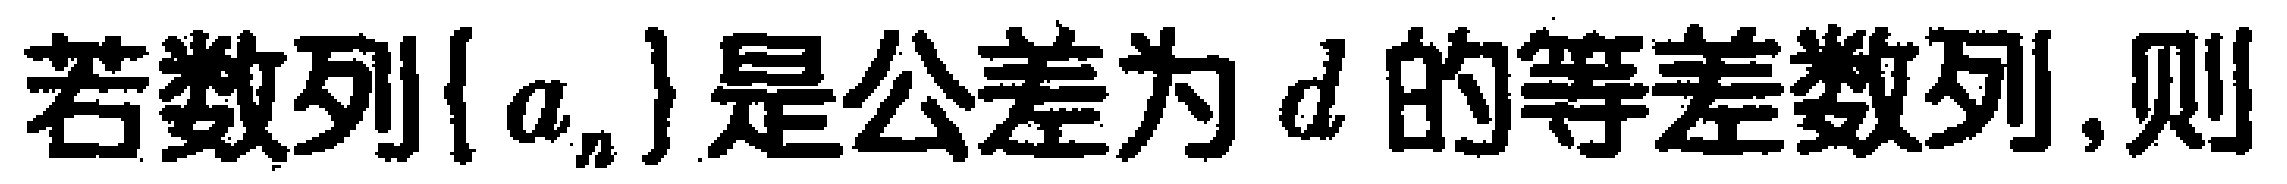
若数列\(\{ a_{n}\}\)是公差为\(d\)的等差数列，则